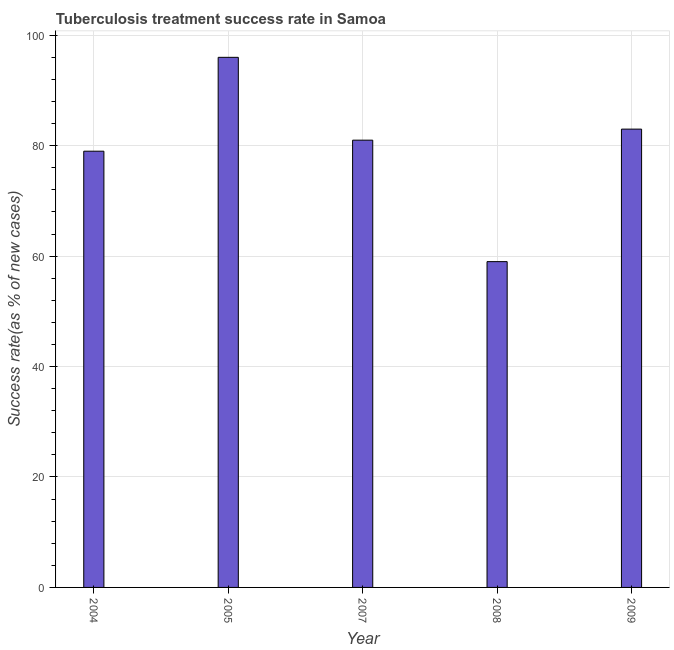
| Year | Tuberculosis treatment success rate |
 | --- | --- |
 | 2004 | 79 |
 | 2005 | 96 |
 | 2007 | 81 |
 | 2008 | 59 |
 | 2009 | 83 |